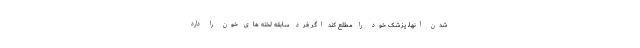
شدن آنها، پزشک خود را مطلع کند اگر فرد سابقه لخته های خون را دارد